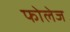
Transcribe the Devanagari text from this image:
फोलेज